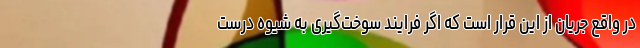
در واقع جریان از این قرار است که اگر فرایند سوخت‌گیری به شیوه درست